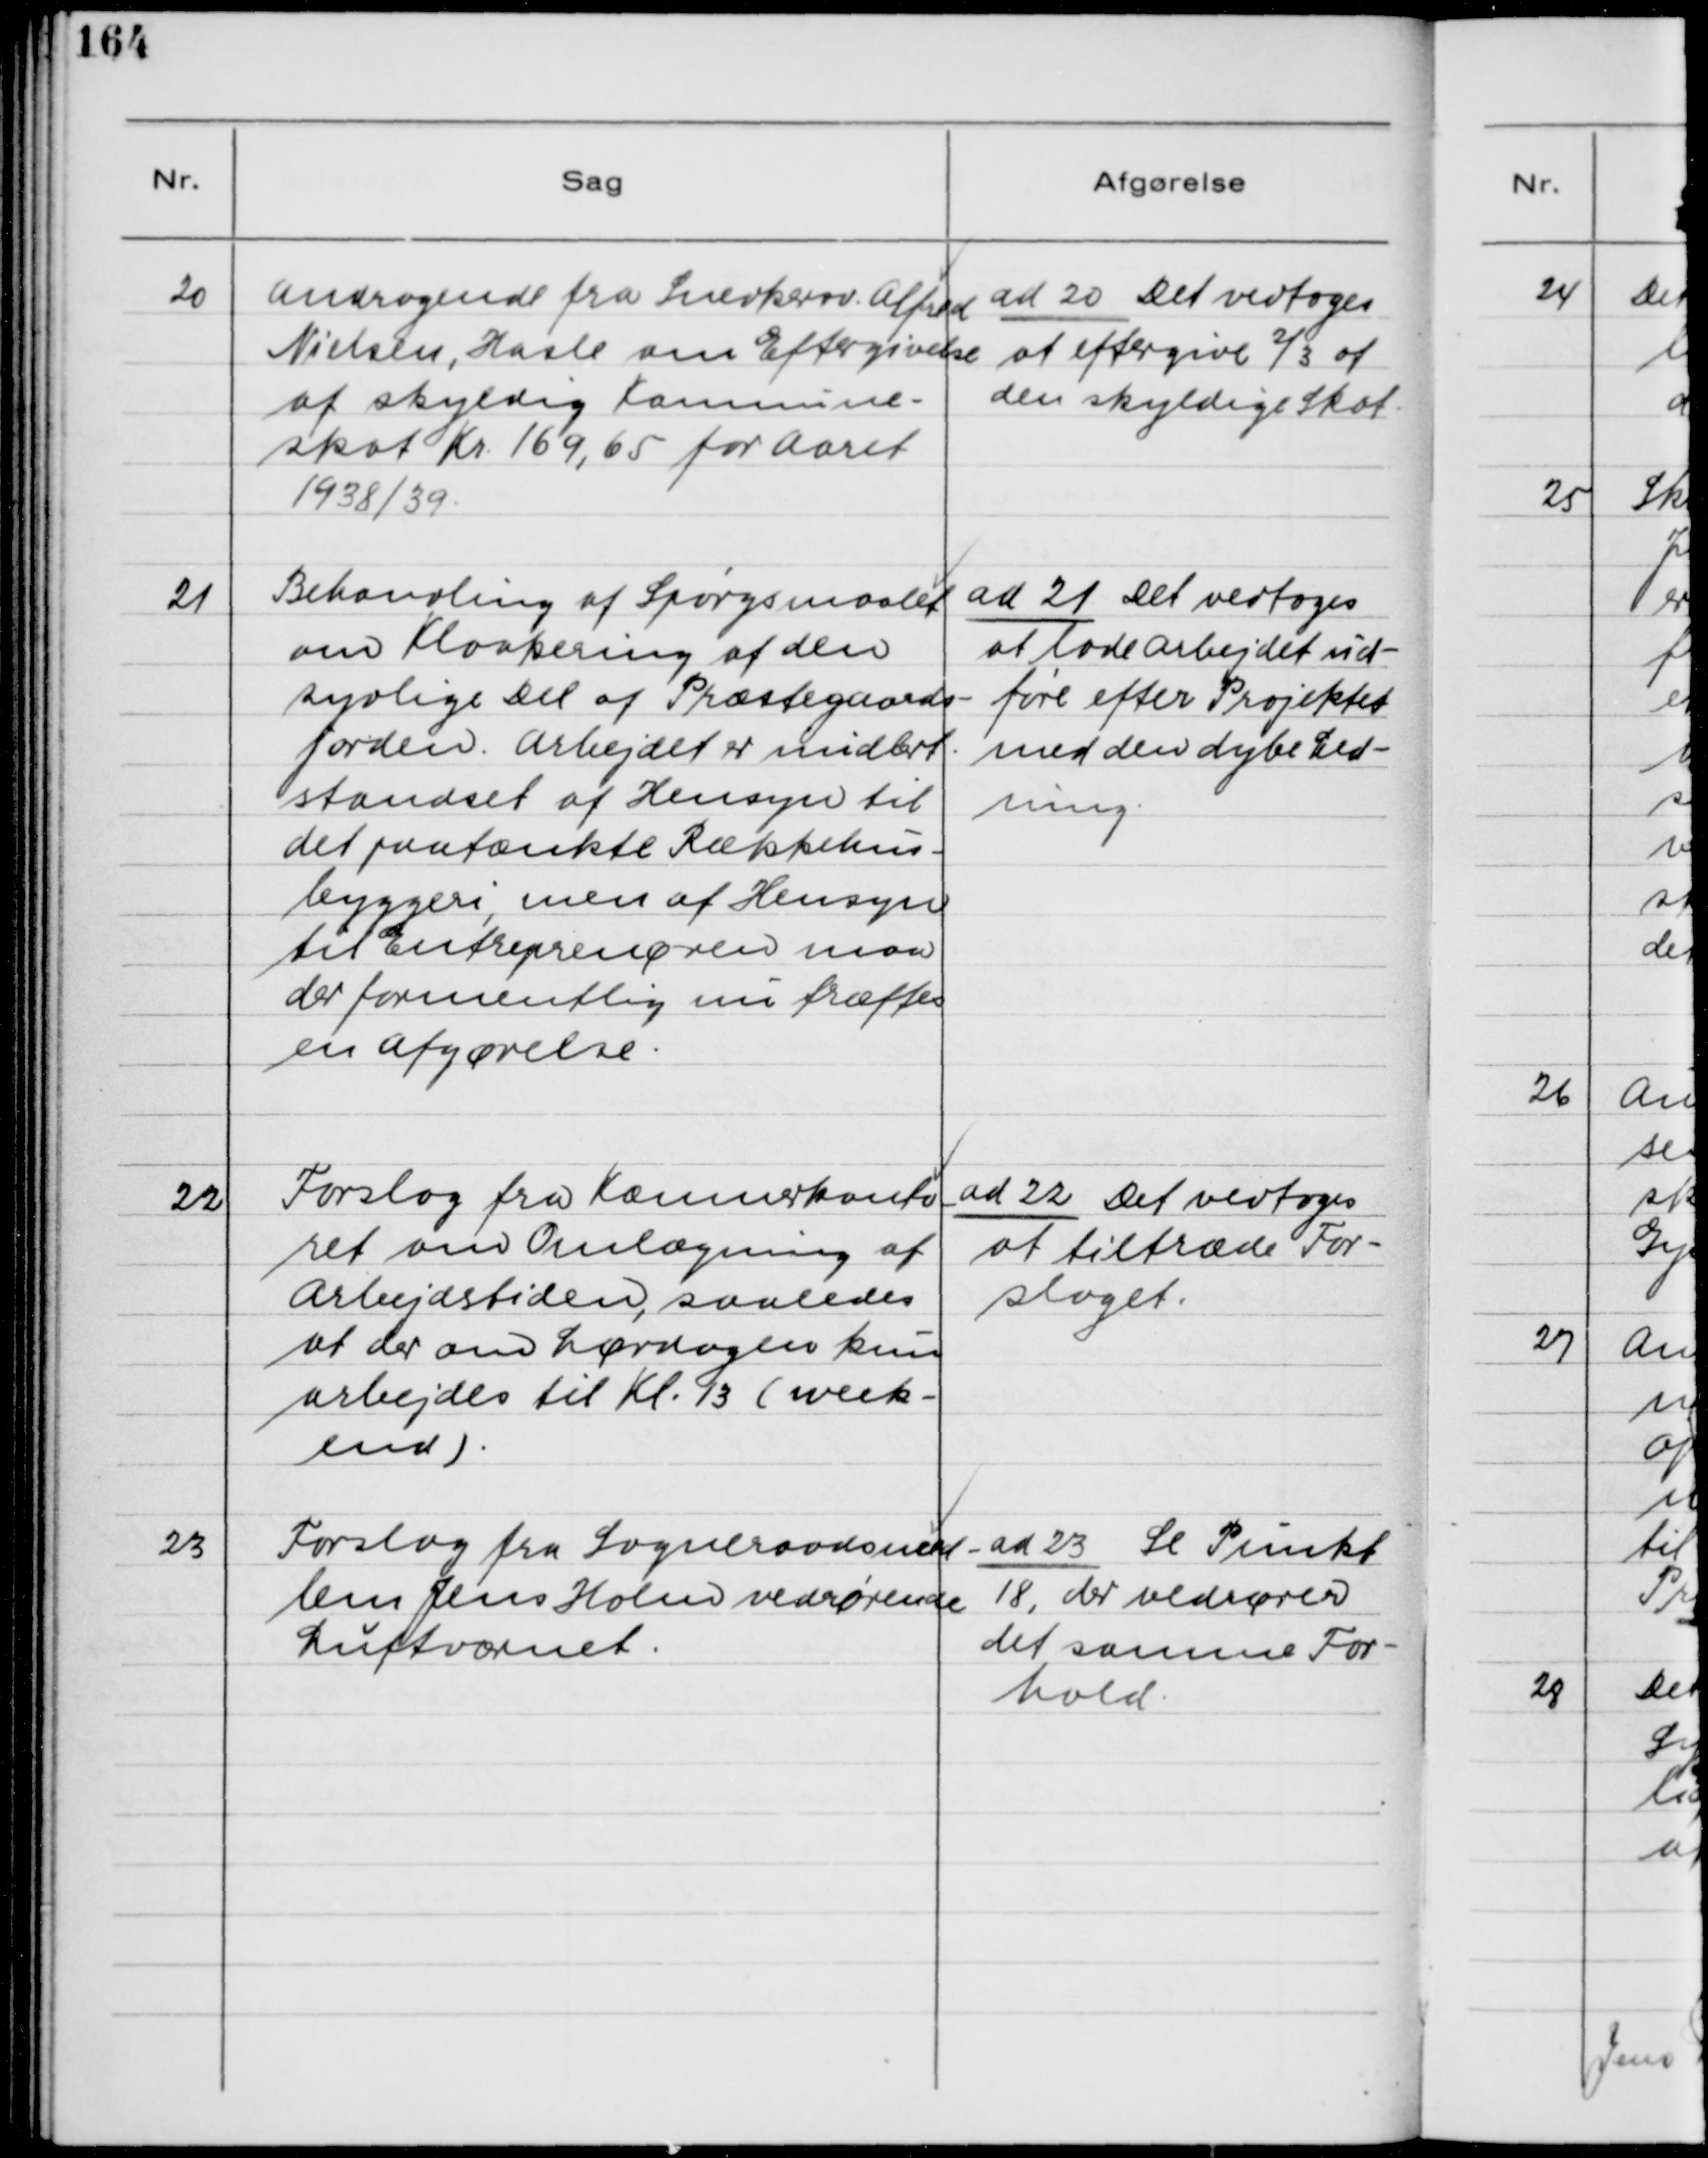
Transskription:
20

Andragende fra Snedkersv. Alfred
Nielsen, Hasle om Eftergivelse
af skyldig Kommune-
skat Kr. 169,65 for Aaret
1938/39.

ad 20. Det vedtoges
at eftergive 2/3 af
den skyldige Skat.

21

Behandling af Spøgsmaalet
om Kloakering af den
sydlige Del af Præstegaards-
jorden. Arbejdet er midlert.
standset af Hensyn til
det paatænkte Rækkehus-
byggeri, men af Hensyn
til Entreprenøren maa
der formentlig nu træffes
en Afgørelse.

ad 21. Det vedtoges
at lade Arbejdet ud-
føre efter Projektet
med den dybe Led-
ning.

22

Forslag fra Kæmnerkonto-
ret om Omlægning af
Arbejdstiden, saaledes
at der om Lørdagen kun
arbejdes til Kl. 13 (week-
end).

ad 22. Det vedtoges
at tiltræde For-
slaget.

23

Forslag fra Sogneraadsmed-
lem Jens Holm vedrørende
Luftværnet.

ad 23. Se Punkt
18, der vedrører
det samme For-
hold.